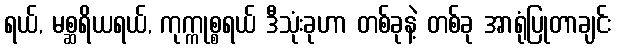
ရယ်, မစ္ဆရိယရယ်, ကုက္ကုစ္စရယ် ဒီသုံးခုဟာ တစ်ခုနဲ့ တစ်ခု အာရုံပြုတာချင်း